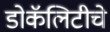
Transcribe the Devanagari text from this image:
डोकॅलिटीचे